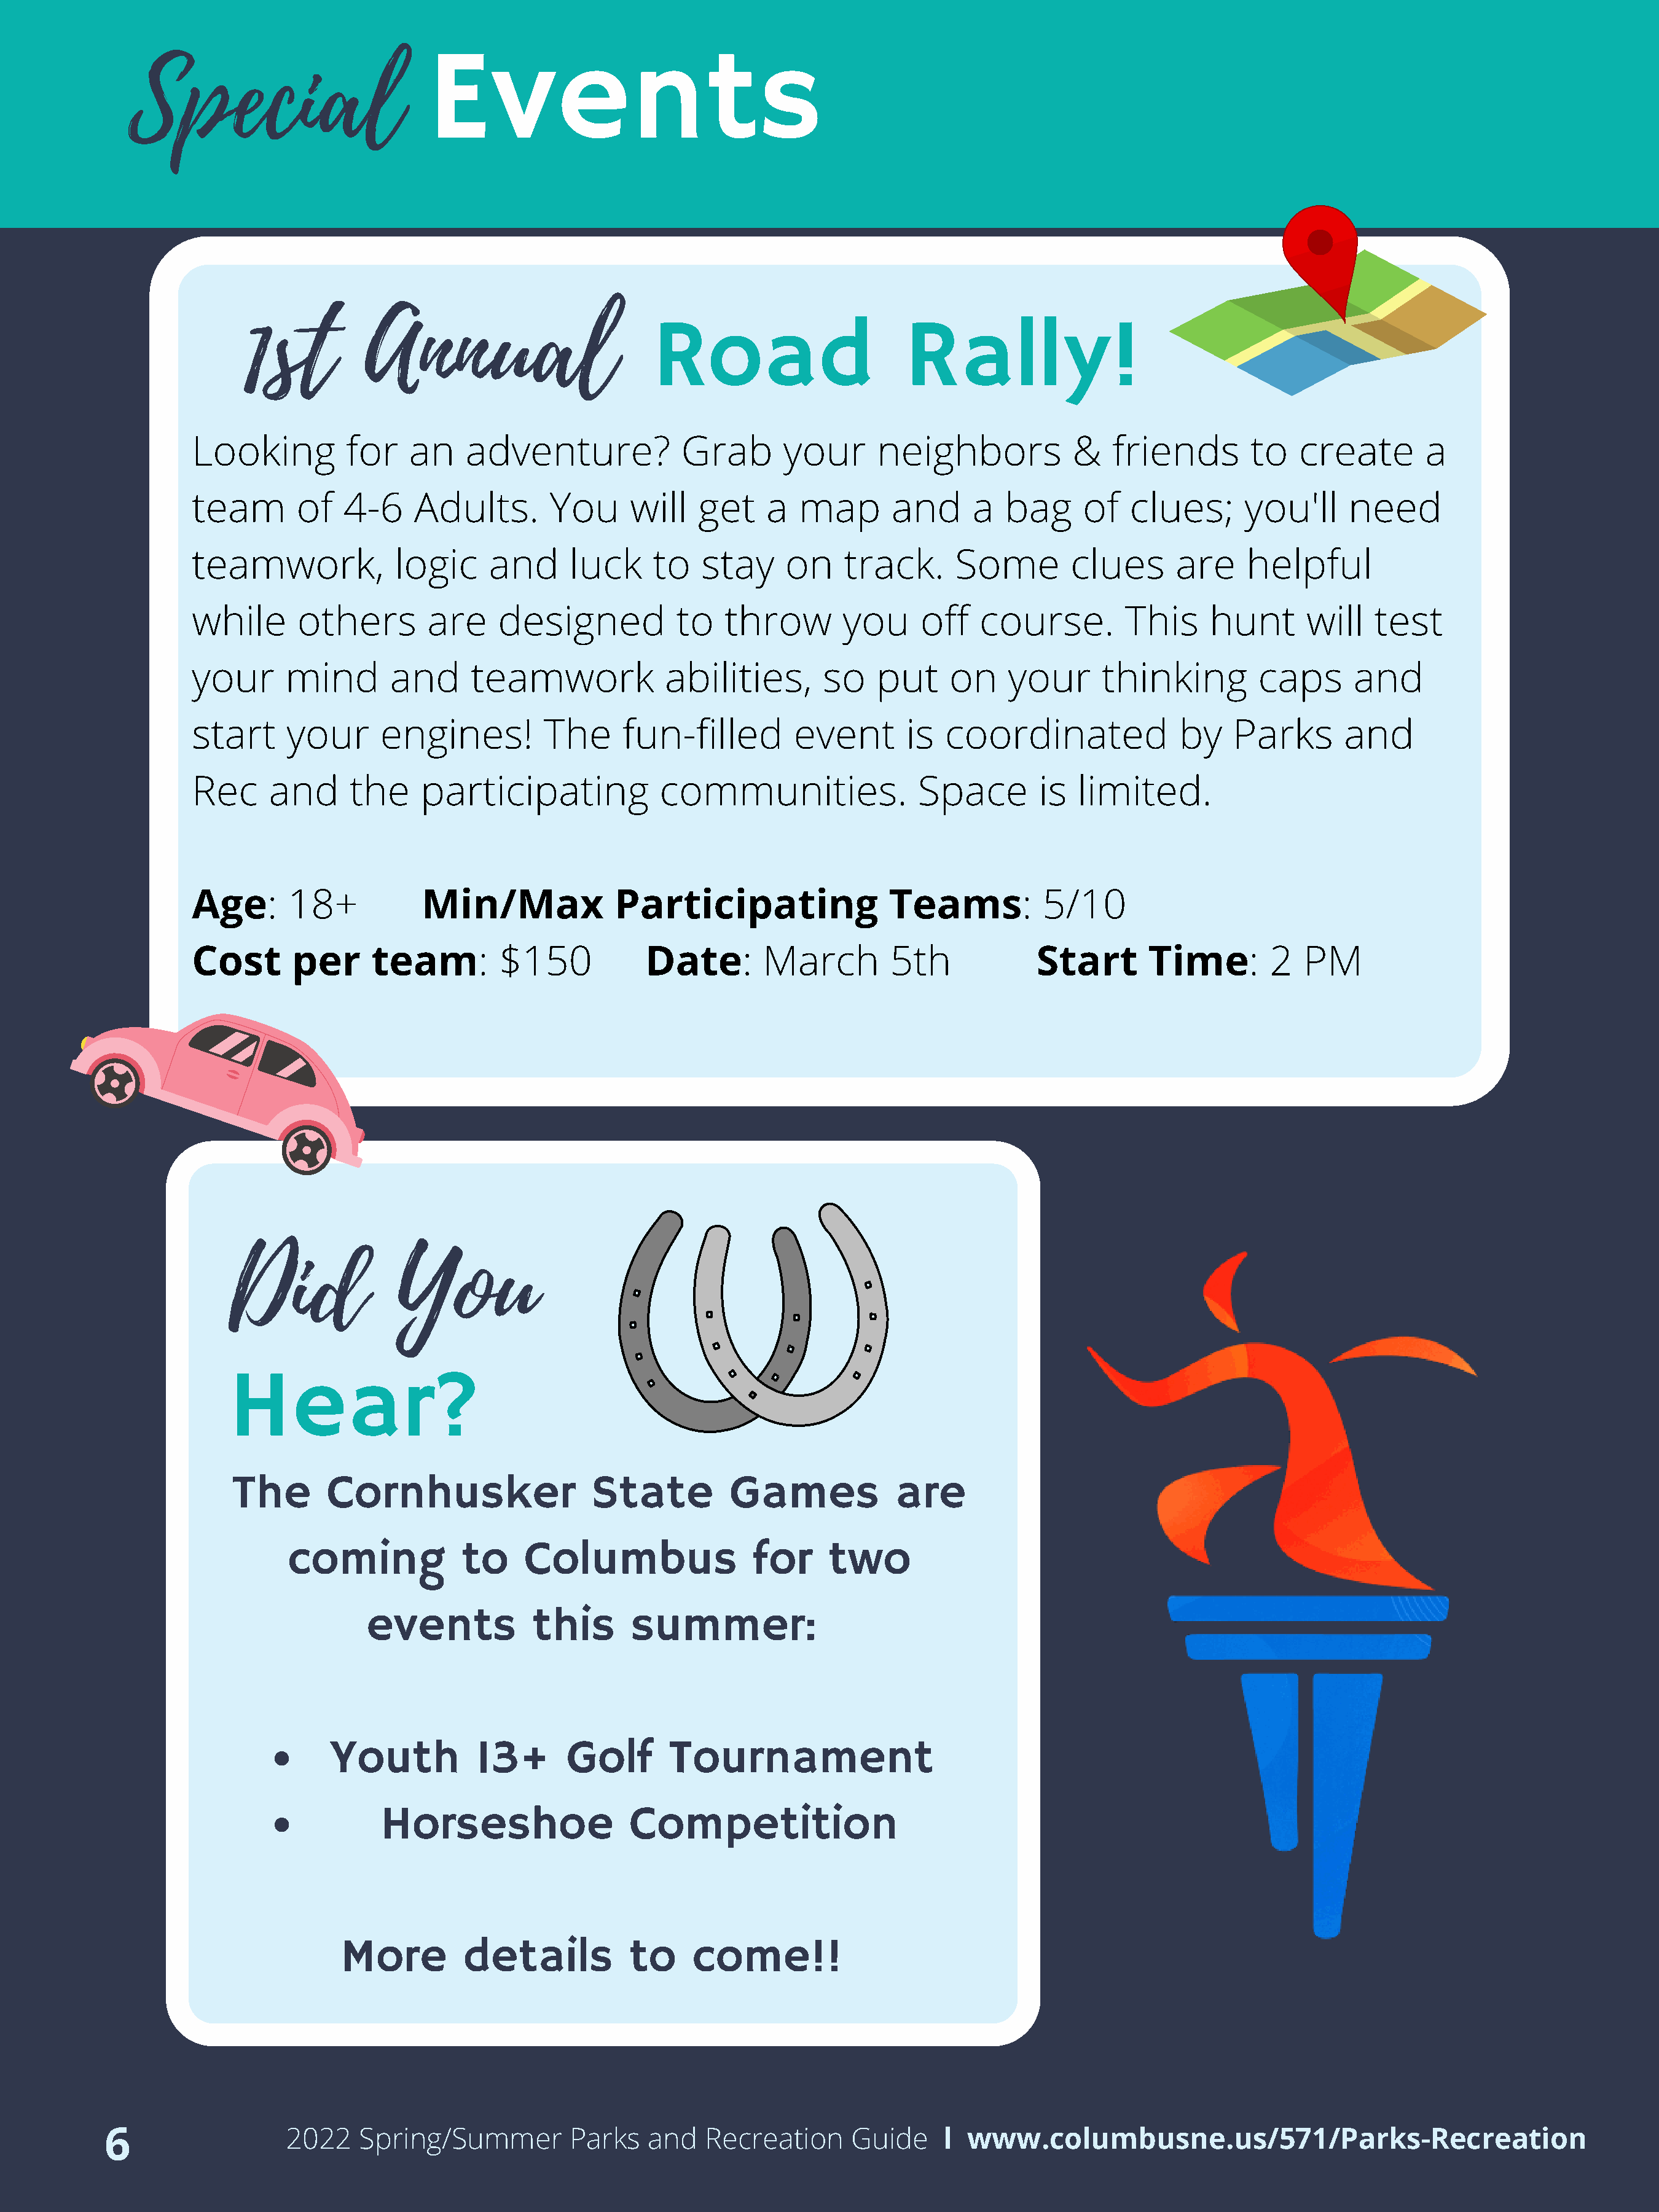
Special
 Events
 1st          Annual
 Road                       Rally!
 Looking         for    an    adventure?             Grab       your      neighbors             &   friends        to   create        a
 team       of   4-6     Adults.       You      will   get     a  map       and      a  bag      of   clues;      you'll     need
 teamwork,             logic     and     luck     to    stay     on    track.      Some        clues       are    helpful
 while      others        are     designed           to   throw        you     off    course.        This     hunt       will   test
 your      mind       and      teamwork             abilities,       so   put     on     your      thinking         caps      and
 start     your      engines!          The     fun-filled         event       is  coordinated              by    Parks       and
 Rec     and      the    participating             communities.                Space        is  limited.
 Age:      18+           Min/Max              Participating                 Teams:          5/10
 Cost      per      team:         $150            Date:       March         5th             Start       Time:        2  PM
 Did               You
 Hear?
 The       Cornhusker                   State          Games            are
 coming             to    Columbus                 for     two
 events            this       summer:
 Youth          13+       Golf       Tournament
 Horseshoe                  Competition
 More         details           to     come!!
 6                   2022    Spring/Summer         Parks    and   Recreation      Guide     l www.columbusne.us/571/Parks-Recreation